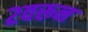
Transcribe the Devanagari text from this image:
२वरून